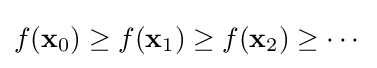
f(\mathbf {x} _{0})\geq f(\mathbf {x} _{1})\geq f(\mathbf {x} _{2})\geq \cdots